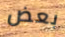
بعض